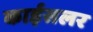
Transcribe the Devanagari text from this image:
काईसलर